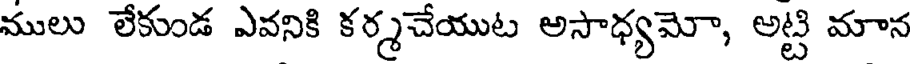
ములు లేకుండ ఎవనికి కర్మచేయుట అసాధ్యమో, అట్టి మాన